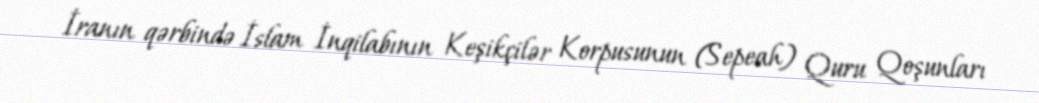
İranın qərbində İslam İnqilabının Keşikçilər Korpusunun (Sepeah) Quru Qoşunları